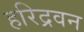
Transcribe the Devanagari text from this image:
हरिद्रवन